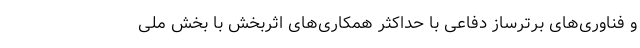
و فناوری‌های برترساز دفاعی با حداکثر همکاری‌های اثربخش با بخش ملی